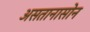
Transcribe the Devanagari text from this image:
असतानासोन